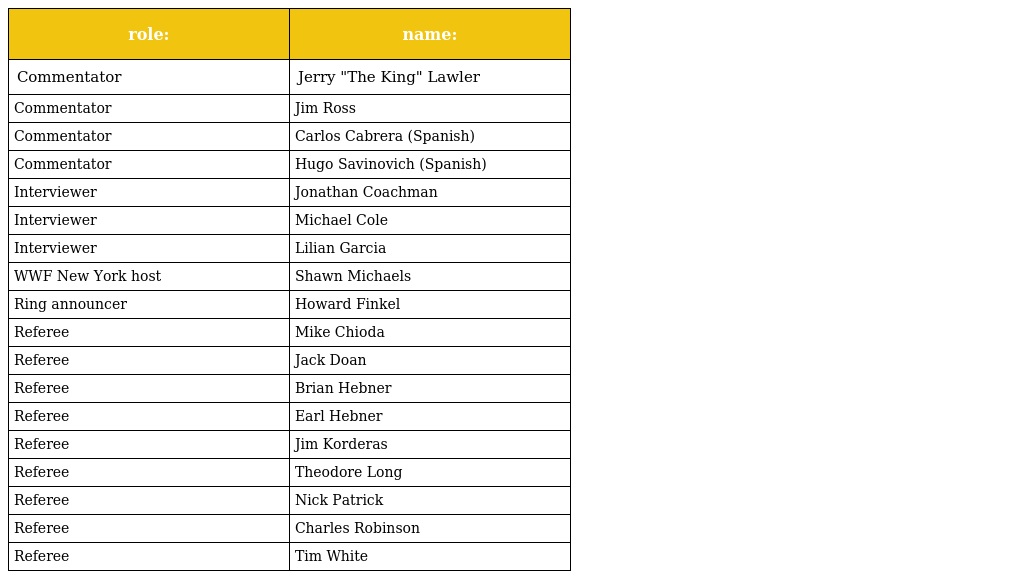
| role: | name: |
 | --- | --- |
 | Commentator | Jerry "The King" Lawler |
 | Commentator | Jim Ross |
 | Commentator | Carlos Cabrera (Spanish) |
 | Commentator | Hugo Savinovich (Spanish) |
 | Interviewer | Jonathan Coachman |
 | Interviewer | Michael Cole |
 | Interviewer | Lilian Garcia |
 | WWF New York host | Shawn Michaels |
 | Ring announcer | Howard Finkel |
 | Referee | Mike Chioda |
 | Referee | Jack Doan |
 | Referee | Brian Hebner |
 | Referee | Earl Hebner |
 | Referee | Jim Korderas |
 | Referee | Theodore Long |
 | Referee | Nick Patrick |
 | Referee | Charles Robinson |
 | Referee | Tim White |